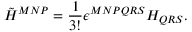
{ \tilde { H } } ^ { M N P } = \frac { 1 } { 3 ! } \epsilon ^ { M N P Q R S } H _ { Q R S } .